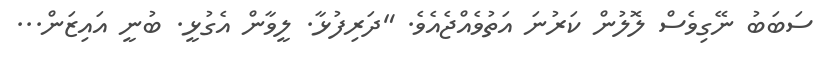
ސަބަބު ނޭގިވެސް ލޮލުން ކަރުނަ އަތުވެއްޖެއެވެ. "ދަރިފުޅާ. ލީވާން އެގުޅީ. ބުނީ އައިޒަން...